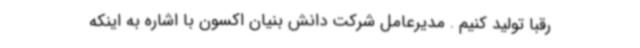
رقبا تولید کنیم . مدیرعامل شرکت دانش بنیان اکسون با اشاره به اینکه